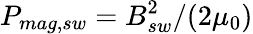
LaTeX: P_{mag,sw}=B_{sw}^{2}/(2\mu_{0})